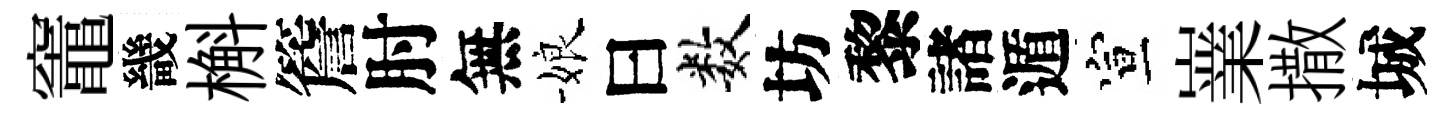
竈畿槲簷肘無娘曰数坊黎諸遁宣嶪撒城